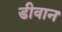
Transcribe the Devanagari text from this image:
डीवान